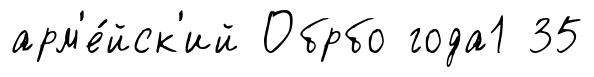
арм'е́йск'ий Обрбо года1 35